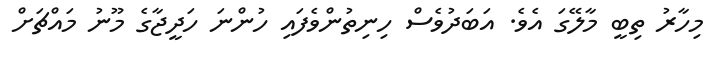
މިހާރު ތިބީ މާލޭގަ އެވެ. އަބަދުވެސް ހިނިތުންވެފައި ހުންނަ ހަދީޖާގެ މޫނު މައްޗަށް